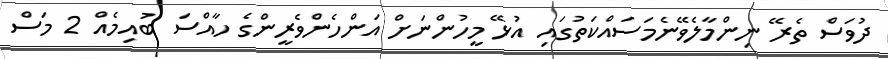
ދުވަސް ތެރޭ ނިންމާލެވޭނެމަސައްކަތުގައި އުޅޭ މީހުންނަށް އަންހެންވެރީންގެ ހާއްސަ ބުއިމެއް 2 މަސް